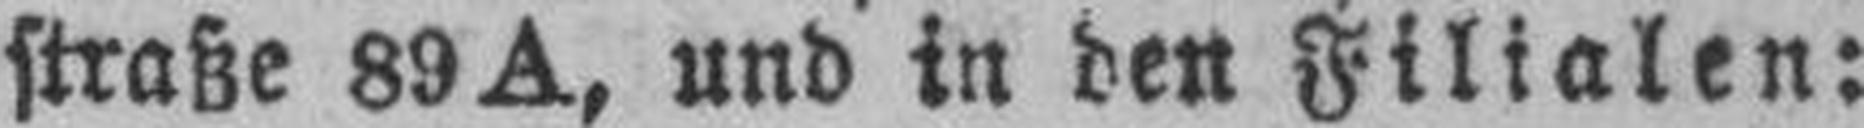
straße 89 A, und in den Filialen: